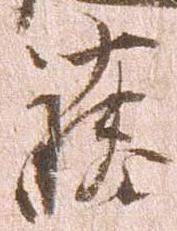
藤